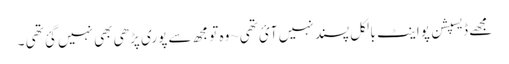
مجھے ڈیسپشن پواینٹ بالکل پسند نہیں آئ تھی~وہ تو مجھ سے پوری پڑھی بھی نہیں گئ تھی ۔